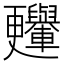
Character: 𣍛